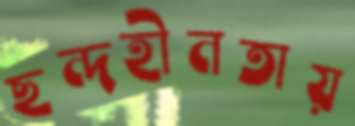
ছন্দহীনতায়